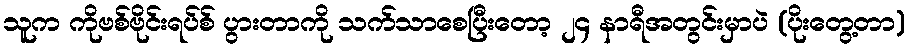
သူက ကိုဗစ်ဗိုင်းရပ်စ် ပွားတာကို သက်သာစေပြီးတော့ ၂၄ နာရီအတွင်းမှာပဲ (ပိုးတွေ့တာ)